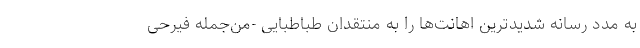
به مدد رسانه شدیدترین اهانت‌ها را به منتقدان طباطبایی -من‌جمله فیرحی